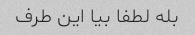
بله لطفا بیا این طرف